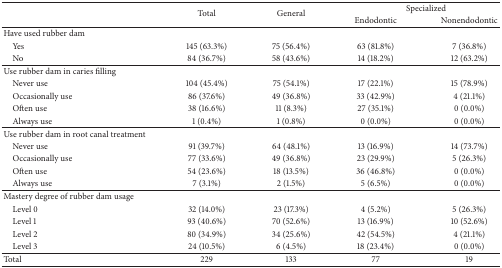
| <ROWSPAN=2>  | <ROWSPAN=2> Total | <ROWSPAN=2> General | <COLSPAN=2> Specialized |
 | Endodontic | Nonendodontic |
 | --- | --- | --- | --- | --- |
 | Have used rubber dam |  |  |  |  |
 | Yes | 145 (63.3%) | 75 (56.4%) | 63 (81.8%) | 7 (36.8%) |
 | No | 84 (36.7%) | 58 (43.6%) | 14 (18.2%) | 12 (63.2%) |
 | Use rubber dam in caries filling |  |  |  |  |
 | Never use | 104 (45.4%) | 75 (54.1%) | 17 (22.1%) | 15 (78.9%) |
 | Occasionally use | 86 (37.6%) | 49 (36.8%) | 33 (42.9%) | 4 (21.1%) |
 | Often use | 38 (16.6%) | 11 (8.3%) | 27 (35.1%) | 0 (0.0%) |
 | Always use | 1 (0.4%) | 1 (0.8%) | 0 (0.0%) | 0 (0.0%) |
 | Use rubber dam in root canal treatment |  |  |  |  |
 | Never use | 91 (39.7%) | 64 (48.1%) | 13 (16.9%) | 14 (73.7%) |
 | Occasionally use | 77 (33.6%) | 49 (36.8%) | 23 (29.9%) | 5 (26.3%) |
 | Often use | 54 (23.6%) | 18 (13.5%) | 36 (46.8%) | 0 (0.0%) |
 | Always use | 7 (3.1%) | 2 (1.5%) | 5 (6.5%) | 0 (0.0%) |
 | Mastery degree of rubber dam usage |  |  |  |  |
 | Level 0 | 32 (14.0%) | 23 (17.3%) | 4 (5.2%) | 5 (26.3%) |
 | Level 1 | 93 (40.6%) | 70 (52.6%) | 13 (16.9%) | 10 (52.6%) |
 | Level 2 | 80 (34.9%) | 34 (25.6%) | 42 (54.5%) | 4 (21.1%) |
 | Level 3 | 24 (10.5%) | 6 (4.5%) | 18 (23.4%) | 0 (0.0%) |
 | Total | 229 | 133 | 77 | 19 |